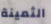
الثمينة